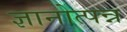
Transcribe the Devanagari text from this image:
ज्ञानोत्पन्न